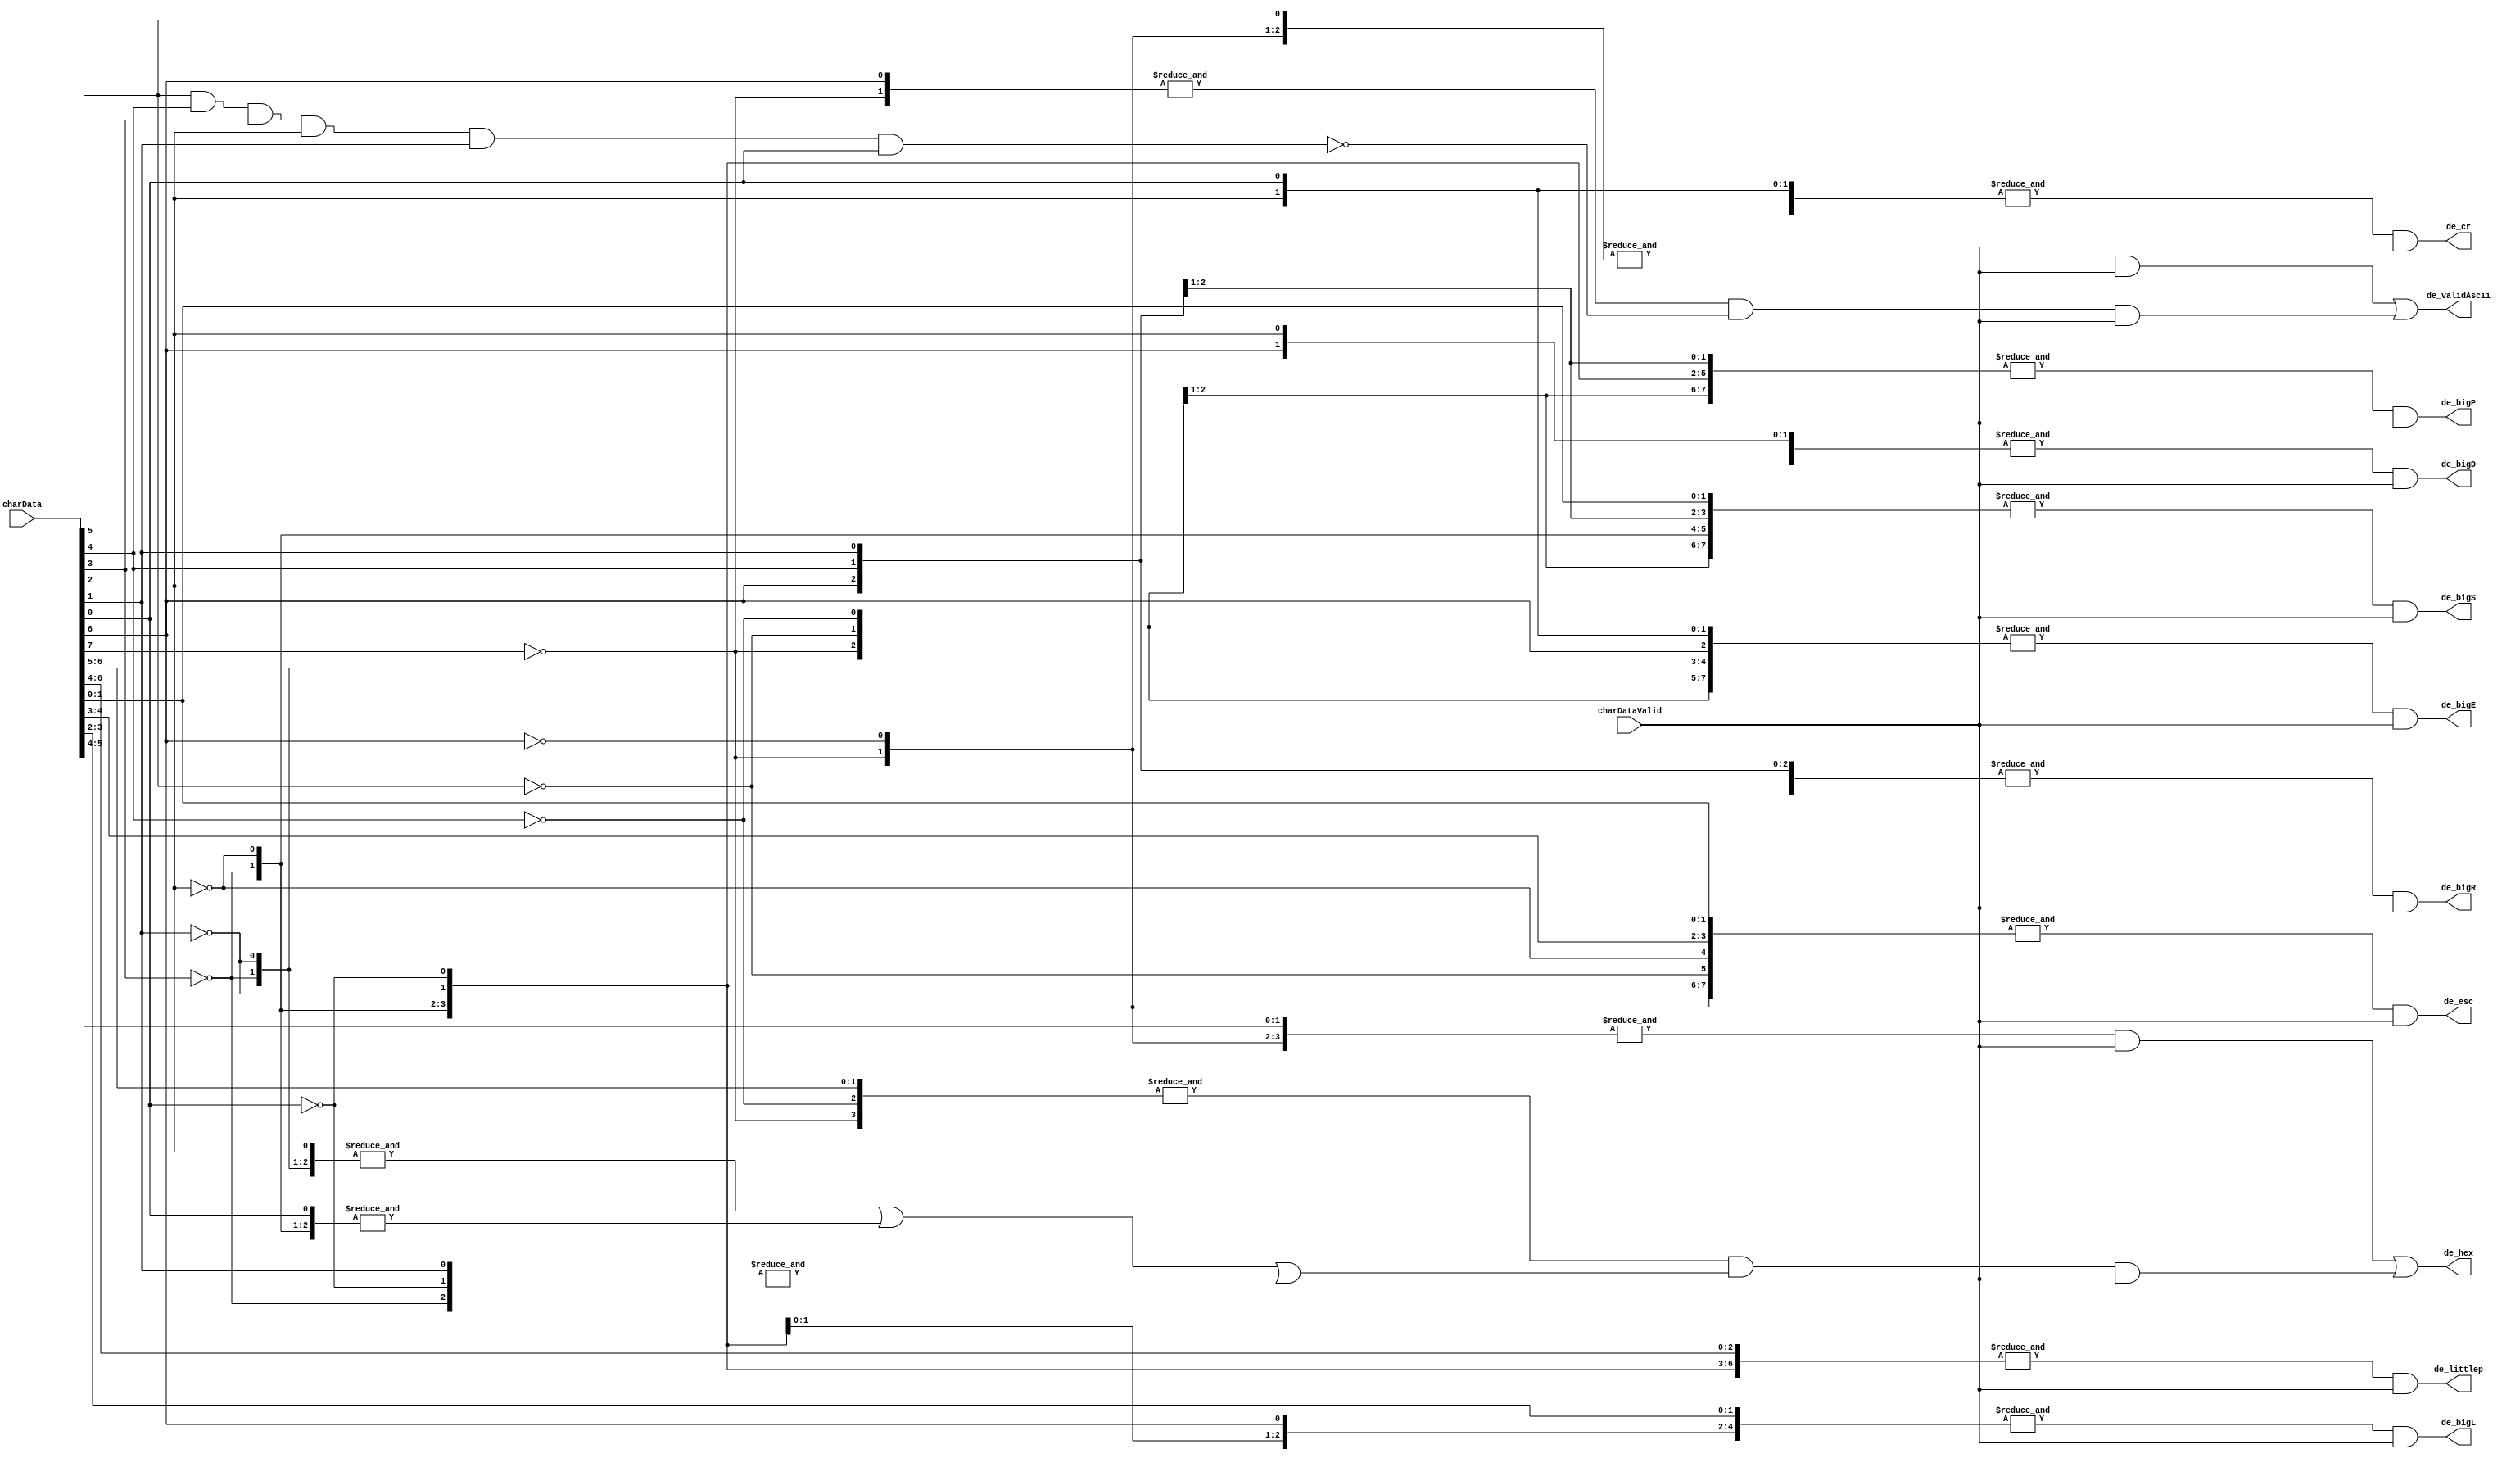

// --------------------------------------------------------------------
// >>>>>>>>>>>>>>>>>>>>>>>>> COPYRIGHT NOTICE <<<<<<<<<<<<<<<<<<<<<<<<<
// --------------------------------------------------------------------
// Copyright (c) 2019 by UCSD CSE 140L
// --------------------------------------------------------------------
//
// Permission:
//
//   This code for use in UCSD CSE 140L.
//   It is synthesisable for Lattice iCEstick 40HX.  
//
// Disclaimer:
//
//   This Verilog source code is intended as a design reference
//   which illustrates how these types of functions can be implemented.
//   It is the user's responsibility to verify their design for
//   consistency and functionality through the use of formal
//   verification methods.  
//
// -------------------------------------------------------------------- //           
//                     Lih-Feng Tsaur
//                     Bryan Chin
//                     UCSD CSE Department
//                     9500 Gilman Dr, La Jolla, CA 92093
//                     U.S.A
//
// --------------------------------------------------------------------
//
//
//  decodeKeys
//
// decode the 8 bit ascii input charData when
// charDataValid is asserted.
//
module decodeKeysL4(
		    output wire      de_esc,          // esc key
		    output wire      de_validAscii,   // valid ascii 0x20 to 0x7e
		    output wire      de_bigD,         // "D"
		    output wire      de_bigE,         // "E"
		    output wire      de_bigL,         // "L"
		    output wire      de_bigP,         // "P"
		    output wire      de_bigS,         // "S"
		    output wire      de_hex,          // 0-9a-f
		    output wire      de_cr,           // carriage return
			 output wire		de_littlep,		  // "p" for enhancement
			 output wire		de_bigR,			  // "R" for enhancement

		    input wire [7:0] charData,
		    input wire 	     charDataValid
		  );


   wire 		      is_b0_1 = charData[0];
   wire 		      is_b1_1 = charData[1];
   wire 		      is_b2_1 = charData[2];
   wire 		      is_b3_1 = charData[3];
   wire 		      is_b4_1 = charData[4];
   wire 		      is_b5_1 = charData[5];
   wire 		      is_b6_1 = charData[6];
   wire 		      is_b7_1 = charData[7];
   wire 		      is_b0_0 = ~charData[0];
   wire 		      is_b1_0 = ~charData[1];
   wire 		      is_b2_0 = ~charData[2];
   wire 		      is_b3_0 = ~charData[3];
   wire 		      is_b4_0 = ~charData[4];
   wire 		      is_b5_0 = ~charData[5];
   wire 		      is_b6_0 = ~charData[6];
   wire 		      is_b7_0 = ~charData[7];
   

   // esc - 1b
   assign de_esc = &{is_b7_0, is_b6_0, is_b5_0, is_b4_1,
                     is_b3_1, is_b2_0, is_b1_1, is_b0_1} & charDataValid;

   // validAscii >=0x20 <=7e.
   assign de_validAscii =
			&{is_b7_0, is_b6_0, is_b5_1}& charDataValid | // 0x2x 0x3x
			// 0x4x, 0x5x, 0x6x, 0x7x except 0x7f
			&{is_b7_0, is_b6_1} & ~(is_b5_1 & is_b4_1 & is_b3_1 & is_b2_1 & is_b1_1 & is_b0_1)
			  & charDataValid;
   // "D" = 0x44
   assign de_bigD = &{is_b7_0, is_b6_1, is_b5_0, is_b4_0, is_b3_0, is_b2_1, is_b1_0, is_b0_0} & 
		    charDataValid;
   // "E" = 0x45
   assign de_bigE = &{is_b7_0, is_b6_1, is_b5_0, is_b4_0, is_b3_0, is_b2_1, is_b1_0, is_b0_1} & 
		    charDataValid;
   // "L" = 0x4C
   assign de_bigL = &{is_b7_0, is_b6_1, is_b5_0, is_b4_0, is_b3_1, is_b2_1, is_b1_0, is_b0_0} & 
		    charDataValid;
   // "P" = 0x50
   assign de_bigP = &{is_b7_0, is_b6_1, is_b5_0, is_b4_1, is_b3_0, is_b2_0, is_b1_0, is_b0_0} & 
		    charDataValid;
   // "S" = 0x53
   assign de_bigS = &{is_b7_0, is_b6_1, is_b5_0, is_b4_1, is_b3_0, is_b2_0, is_b1_1, is_b0_1} & 
		    charDataValid;

   // valid hex  (0x30-0x39, 0x61-0x66)
   assign de_hex = &{is_b7_0, is_b6_0, is_b5_1, is_b4_1} & charDataValid |
		   &{is_b7_0, is_b6_1, is_b5_1, is_b4_0} &
		   (&{is_b3_0, is_b2_1, is_b1_0} | &{is_b3_0, is_b2_0, is_b0_1} |
		    &{is_b3_0, is_b1_1, is_b0_0}) & charDataValid;
   // "cr" = 0xd
   assign de_cr = &{is_b7_0, is_b6_0, is_b5_0, is_b4_0, is_b3_1, is_b2_1, is_b1_0, is_b0_1} & 
		  charDataValid;
	
	// "p" = 0x70
   assign de_littlep = &{is_b7_0, is_b6_1, is_b5_1, is_b4_1, is_b3_0, is_b2_0, is_b1_0, is_b0_0} & 
		    charDataValid;
	// "R" = 0x52
   assign de_bigR = &{is_b7_0, is_b6_1, is_b5_0, is_b4_1, is_b3_0, is_b2_0, is_b1_1, is_b0_0} & 
		    charDataValid;

   
endmodule